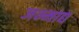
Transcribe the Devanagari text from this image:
जन्माद्य